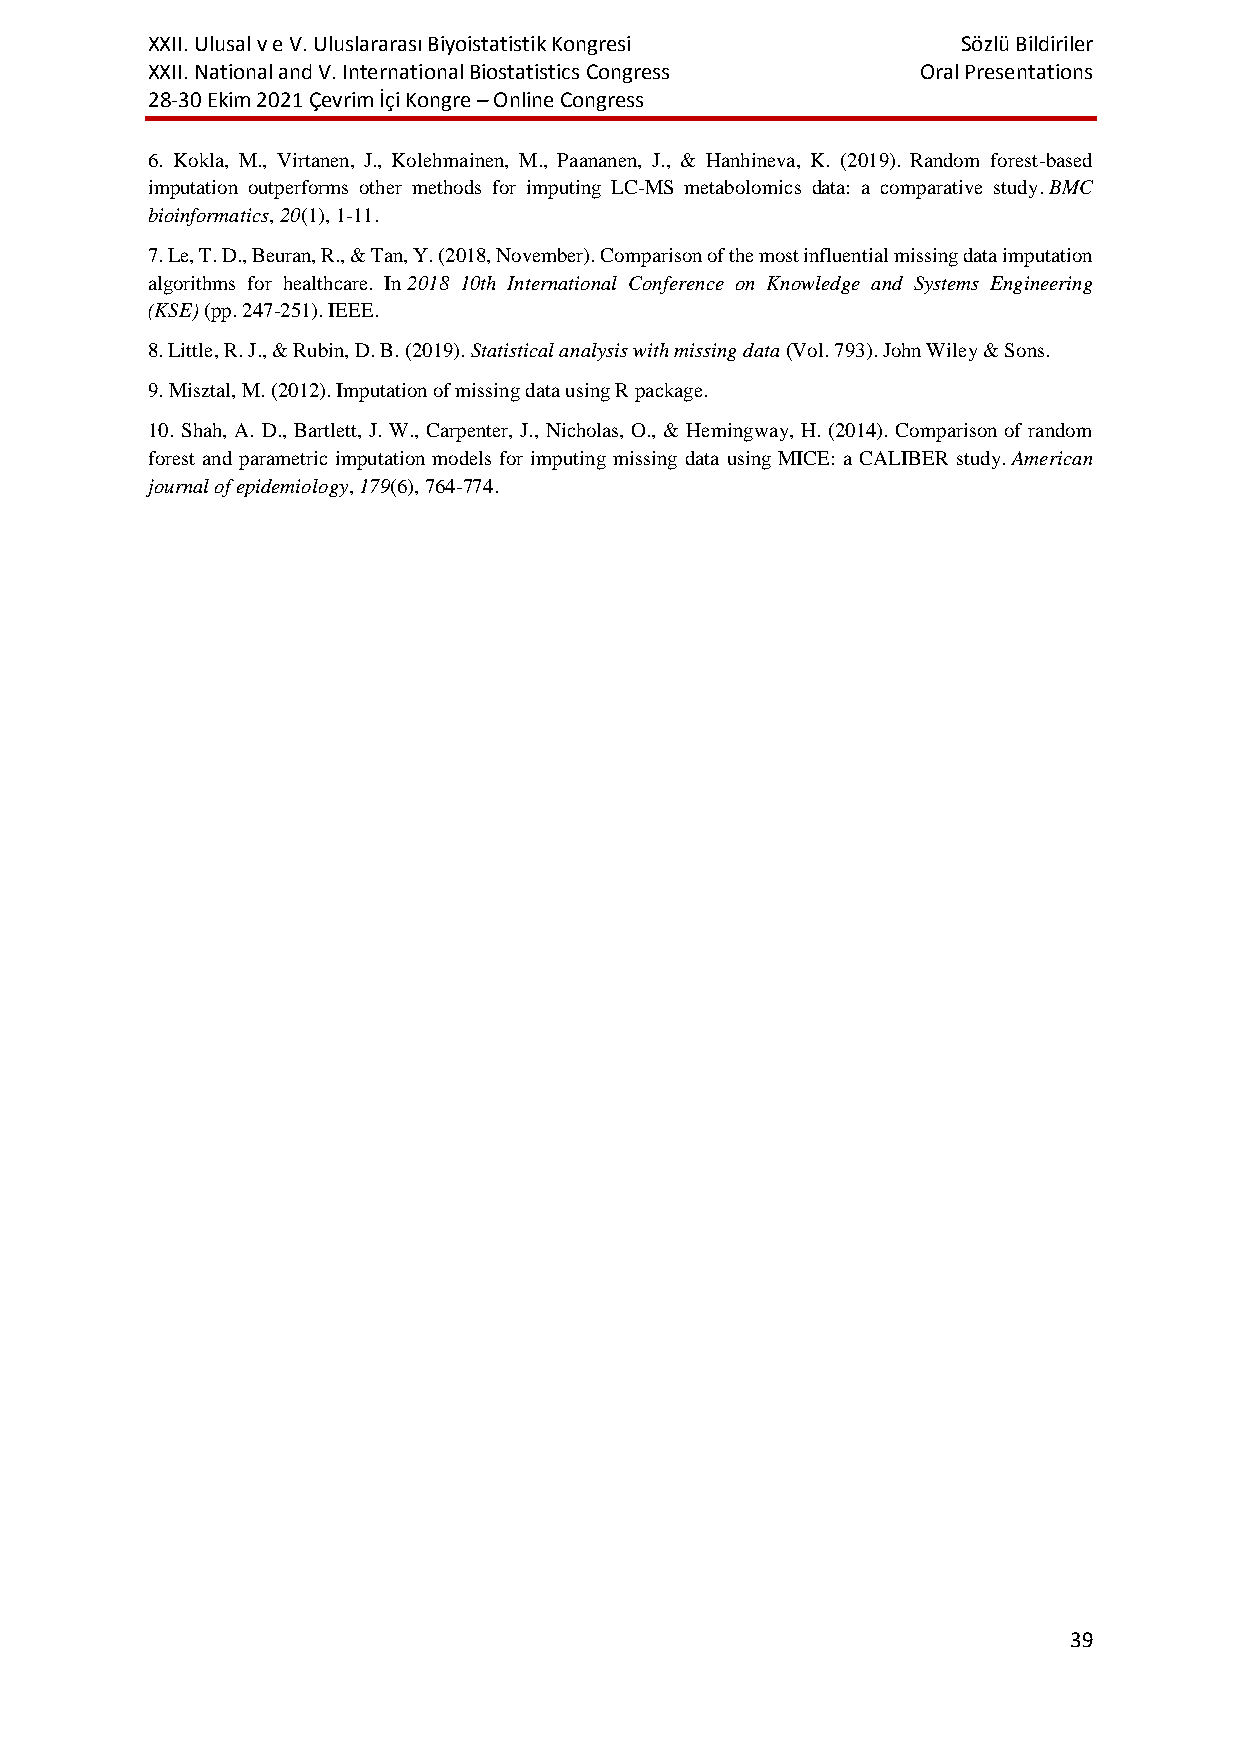
XXII. Ulusal v e V. Uluslararası Biyoistatistik Kongresi Sözlü Bildiriler
 XXII. National and V. International Biostatistics Congress Oral Presentations
 28-30 Ekim 2021 Çevrim İçi Kongre – Online Congress
 6. Kokla, M., Virtanen, J., Kolehmainen, M., Paananen, J., & Hanhineva, K. (2019). Random forest-based
 imputation outperforms other methods for imputing LC-MS metabolomics data: a comparative study. BMC
 bioinformatics, 20(1), 1-11.
 7. Le, T. D., Beuran, R., & Tan, Y. (2018, November). Comparison of the most influential missing data imputation
 algorithms for healthcare. In 2018 10th International Conference on Knowledge and Systems Engineering
 (KSE) (pp. 247-251). IEEE.
 8. Little, R. J., & Rubin, D. B. (2019). Statistical analysis with missing data (Vol. 793). John Wiley & Sons.
 9. Misztal, M. (2012). Imputation of missing data using R package.
 10. Shah, A. D., Bartlett, J. W., Carpenter, J., Nicholas, O., & Hemingway, H. (2014). Comparison of random
 forest and parametric imputation models for imputing missing data using MICE: a CALIBER study. American
 journal of epidemiology, 179(6), 764-774.
 39